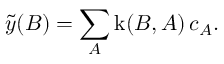
\tilde { y } ( B ) = \sum _ { A } \operatorname { k } ( B , A ) \, c _ { A } .